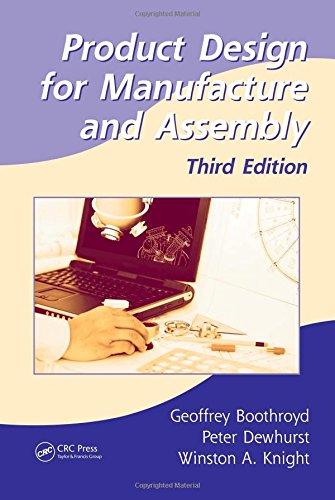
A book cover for Product Design for Manufacture and Assembly, Third Edition (Manufacturing Engineering and Materials Processing); Geoffrey Boothroyd; Engineering & Transportation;